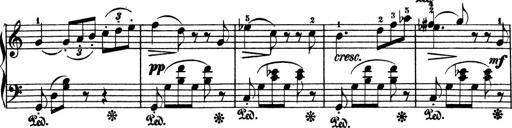
Title: 3 Sonatinen
Composer: Heinrich Lichner